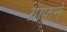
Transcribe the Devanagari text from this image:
ग्राफने